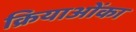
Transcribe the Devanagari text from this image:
क्रियाओंका